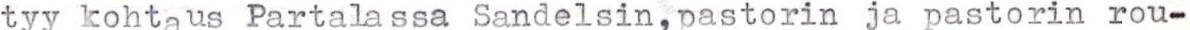
tyy kohtaus Partalassa Sandelsin,pastorin ja pastorin rou-